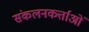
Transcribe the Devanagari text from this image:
संकलनकर्त्ताओं